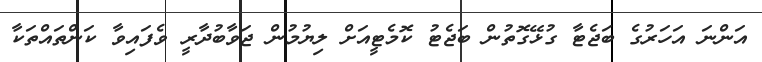
އަންނަ އަހަރުގެ ބަޖެޓާ ގުޅޭގޮތުން ބަޖެޓު ކޮމެޓީއަށް ލިޔުމުން ޖަވާބުދާރީ ވެފައިވާ ކަންތައްތަކާ